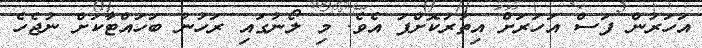
އަހަރުން ފަސް އަހަރަށް އިތުރުކޮށްފަ އެވެ. މި ލޯނުގައި ރަހުނު ބަހައްޓާކަށް ނުޖެހެ